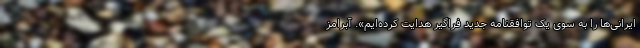
ایرانی‌ها را به سوی یک توافقنامه جدید فراگیر هدایت کرده‌ایم». آبرامز